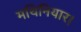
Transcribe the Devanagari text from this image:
मथिनियार।